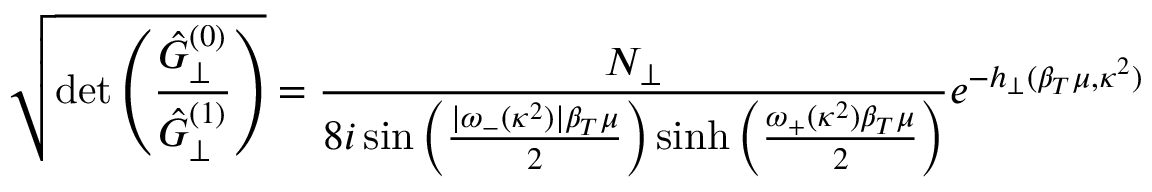
\sqrt { \operatorname * { d e t } \left( \frac { \hat { { \cal G } } _ { \perp } ^ { ( 0 ) } } { \hat { { \cal G } } _ { \perp } ^ { ( 1 ) } } \right) } = \frac { { \cal N } _ { \perp } } { 8 i \sin \left( \frac { | \omega _ { - } ( \kappa ^ { 2 } ) | \beta _ { T } \mu } { 2 } \right) \sinh \left( \frac { \omega _ { + } ( \kappa ^ { 2 } ) \beta _ { T } \mu } { 2 } \right) } e ^ { - h _ { \perp } ( \beta _ { T } \mu , \kappa ^ { 2 } ) }